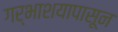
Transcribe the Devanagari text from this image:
गर्भाशयापासून